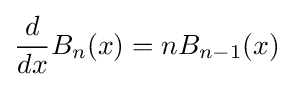
{\frac {d}{dx}}B_{n}(x)=nB_{n-1}(x)